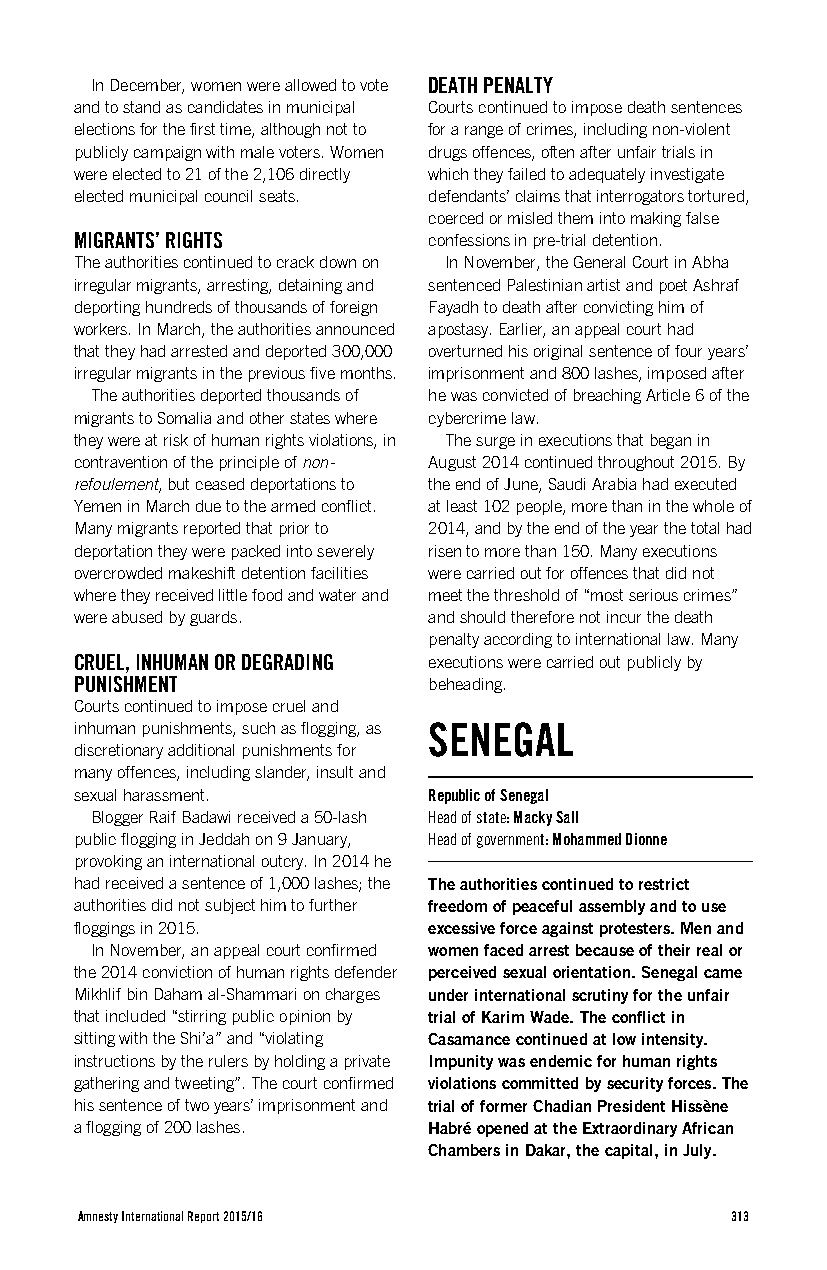
In December, women were allowed to vote DEATH PENALTY
 and to stand as candidates in municipal Courts continued to impose death sentences
 elections for the first time, although not to for a range of crimes, including non-violent
 publicly campaign with male voters. Women drugs offences, often after unfair trials in
 were elected to 21 of the 2,106 directly which they failed to adequately investigate
 elected municipal council seats. defendants’ claims that interrogators tortured,
 coerced or misled them into making false
 MIGRANTS’ RIGHTS       confessions in pre-trial detention.
 The authorities continued to crack down on In November, the General Court in Abha
 irregular migrants, arresting, detaining and sentenced Palestinian artist and poet Ashraf
 deporting hundreds of thousands of foreign Fayadh to death after convicting him of
 workers. In March, the authorities announced apostasy. Earlier, an appeal court had
 that they had arrested and deported 300,000 overturned his original sentence of four years’
 irregular migrants in the previous five months. imprisonment and 800 lashes, imposed after
 The authorities deported thousands of he was convicted of breaching Article 6 of the
 migrants to Somalia and other states where cybercrime law.
 they were at risk of human rights violations, in The surge in executions that began in
 contravention of the principle of non- August 2014 continued throughout 2015. By
 refoulement, but ceased deportations to the end of June, Saudi Arabia had executed
 Yemen in March due to the armed conflict. at least 102 people, more than in the whole of
 Many migrants reported that prior to 2014, and by the end of the year the total had
 deportation they were packed into severely risen to more than 150. Many executions
 overcrowded makeshift detention facilities were carried out for offences that did not
 where they received little food and water and meet the threshold of “most serious crimes”
 were abused by guards. and should therefore not incur the death
 penalty according to international law. Many
 CRUEL, INHUMAN OR DEGRADING executions were carried out publicly by
 PUNISHMENT             beheading.
 Courts continued to impose cruel and
 inhuman punishments, such as flogging, as SENEGAL
 discretionary additional punishments for
 many offences, including slander, insult and
 sexual harassment.     Republic of Senegal
 Blogger Raif Badawi received a 50-lash Head of state: Macky Sall
 public flogging in Jeddah on 9 January, Head of government: Mohammed Dionne
 provoking an international outcry. In 2014 he
 had received a sentence of 1,000 lashes; the The authorities continued to restrict
 authorities did not subject him to further freedom of peaceful assembly and to use
 floggings in 2015.     excessive force against protesters. Men and
 In November, an appeal court confirmed women faced arrest because of their real or
 the 2014 conviction of human rights defender perceived sexual orientation. Senegal came
 Mikhlif bin Daham al-Shammari on charges under international scrutiny for the unfair
 that included “stirring public opinion by trial of Karim Wade. The conflict in
 sitting with the Shi’a” and “violating Casamance continued at low intensity.
 instructions by the rulers by holding a private Impunity was endemic for human rights
 gathering and tweeting”. The court confirmed violations committed by security forces. The
 his sentence of two years’ imprisonment and trial of former Chadian President Hissène
 a flogging of 200 lashes. Habré opened at the Extraordinary African
 Chambers in Dakar, the capital, in July.
 Amnesty International Report 2015/16       313